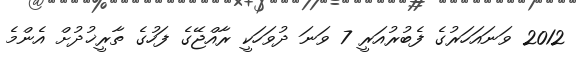
2012 ވަނައަހަރުގެ ފެބުރުއަރީ 7 ވަނަ ދުވަހަކީ ރާއްޖޭގެ ފަހުގެ ތާރީޚުދުށް އެންމެ